Medical and sanitary report of the native army of Bengal for the year
Year: 1874
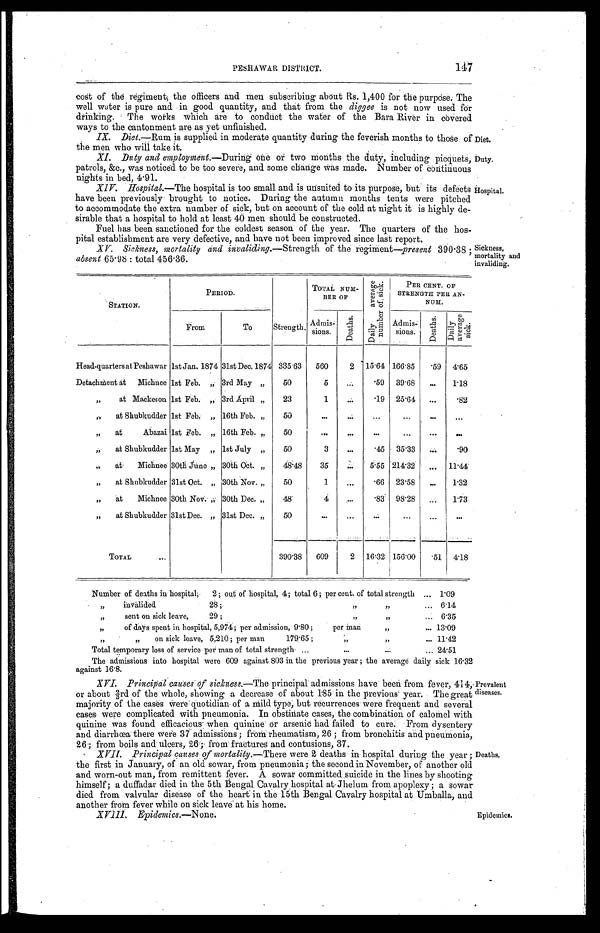
PESHAWAR DISTRICT.
14
7
cost of the regiment; the officers and men subscribing about Rs. 1,400 for the purpose. The
well water is pure and in good quantity, and that from the diggee is not now used for
drinking. The Works which are to conduct the water of the Bara River in covered
ways to the cantonment are as yet unfinished.
IX. Diet.—Rum is supplied in moderate quantity during the feverish months to those of
the men who will take it.
XI. Duty anti employment. —During one or two months the duty, including picquets,
patrols, &c., was noticed to be too severe, and some change was made. Number of continuous
nights in bed, 4.91.
XIV. Hospital.—The hospital is too small and is unsuited to its purpose, but its defects
have been previously brought to notice. During the autumn months tents were pitched
to accommodate the extra number of sick, but on account of the cold at night it is highly de-
sirable that a hospital to hold at least 40 men should be constructed.
Fuel has been sanctioned for the coldest season of the year. The quarters of the hos-
pital establishment are very defective, and have not been improved since last report.
XV. Sickness, mortality and invaliding. —Strength of the regiment—present 390.38;
absent 65.98: total 456.36.
Diet.
Duty.
Hospital.
Sickness,
mortality and
invaliding.
STATION.
PERIOD.
Strength .
TOTAL NUM-
BER OF
D a i l y a v e r a g e N u m b e r o f s i c k .
PER CENT. OF
STRENGTH PER AN-
NUM.
From
To
Admis-
sions.
D e a t h s .
Admis-
sions.
D e a t h s .
D a i l y a v e r a g e s i c k .
Head-quarters at Peshawar 1st Jan. 1874 31st Dec. 1874 335.63 560
2 15.64 166.85
. 5 9 4.65
Detachment at Michnee 1st Feb. „ 3rd May „
50
5
.59 39.68
1.18
„ at Mackeson 1st Feb. „ 3rd April „
23
1
. 1 9 25.64
. 8 2
„ at Shubkudder 1st Feb. „ 16th Feb. „
50
„ at Abazai 1st Feb. „ 16th Feb. „
50
„ at Shubkudder 1st May „ 1st July „
50
3
. 4 5 35.33
. 9 0
„ at Michnee 30th June „ 30th Oat. „
48.48 35
5.55 214.32
11.44
„ at Shubkudder 31st Oct. „ 30th Nov. „
50
1
. 6 6 23.58
1.32
„ at Michnee 30th Nov. „ 30th Dec. „ 48
4
. 8 3 98.28
1.73
„ at Shubkudder 31st Dec. „ 31st Dec. „
50
TOTAL
390.38 609
2 16.32 156.00
. 5 1 4.18
Number of deaths in hospital; 2; out of hospital, 4; total 6; per cent. of total strength
1.09
„ invalided 28; „ „ 6.14
„ sent on sick leave, 29; „ „ 6.35
„ of days spent in hospital, 5,974; per admission, 9.80; per man „ 13.09
„ „ on sick leave, 5,210; per man 179.65; „ „ 11.42
Total temporary loss of service per man of total strength
24.51
The admissions into hospital were 609 against 803 in the previous year; the average daily sick 16.32
against 16.8.
XVI. Principal causes of sickness. —The principal admissions have been from fever, 414,
o r a b o u t 2 / 3 r d o f t h e w h o l e , s h o w i n g a d e c r e a s e o f a b o u t 1 8 5 i n t h e p r e v i o u s y e a r . T h e g r e a t
majority of the cases were quotidian of a mild type; but recurrences were frequent and several
cases were complicated with pneumonia. In obstinate cases, the combination of calomel with
quinine was found efficacious when quinine or arsenic bad failed to cure. From dysentery
and diarrhœa there were 37 admissions; from rheumatism, 26; from bronchitis and pneumonia,
26; from boils and ulcers, 26; from fractures and contusions, 37.
XVII. Principal causes of mortality. —There were 2 deaths in hospital during the year;
the first in January, of an old sowar, from pneumonia; the second in November, of another old
and worn-out man, from remittent fever. A sowar committed suicide in the lines by shooting
himself; a duffadar died in the 5th Bengal Cavalry , hospital at Jhelum from apoplexy; a sowar
died from valvular disease of the heart in the 15th Bengal Cavalry hospital at Umballa, and
another from fever while on sick leave at his home.
XVIII. Epidemics.—None.
Prevalent
diseases.
Deaths.
Epidemics.